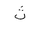
Letter: _tha